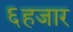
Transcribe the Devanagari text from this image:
६हजार